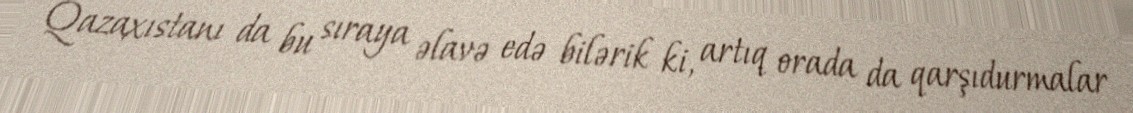
Qazaxıstanı da bu sıraya əlavə edə bilərik ki, artıq orada da qarşıdurmalar